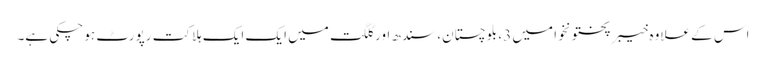
اس کے علاوہ خیبرپختونخوا میں 3، بلوچستان، سندھ اور گلگت میں ایک ایک ہلاکت رپورٹ ہو چکی ہے۔